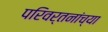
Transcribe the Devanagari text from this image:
परिवर्तनांच्या